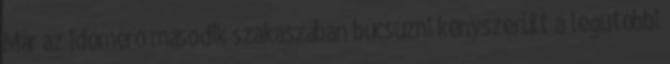
Már az időmérő második szakaszában búcsúzni kényszerült a legutóbbi